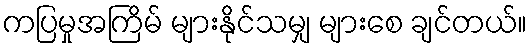
ကပြမှုအကြိမ် များနိုင်သမျှ များစေ ချင်တယ်။